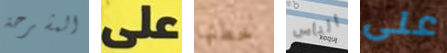
المشرحة على خطتها الناس على